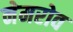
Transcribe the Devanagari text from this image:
नेमरोव